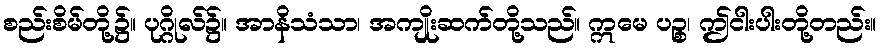
စည်းစိမ်တို့၌။ ပုဂ္ဂိုလ်၌။ အာနိသံသာ၊ အကျိုးဆက်တို့သည်။ ဣမေ ပဉ္စ၊ ဤငါးပါးတို့တည်း။